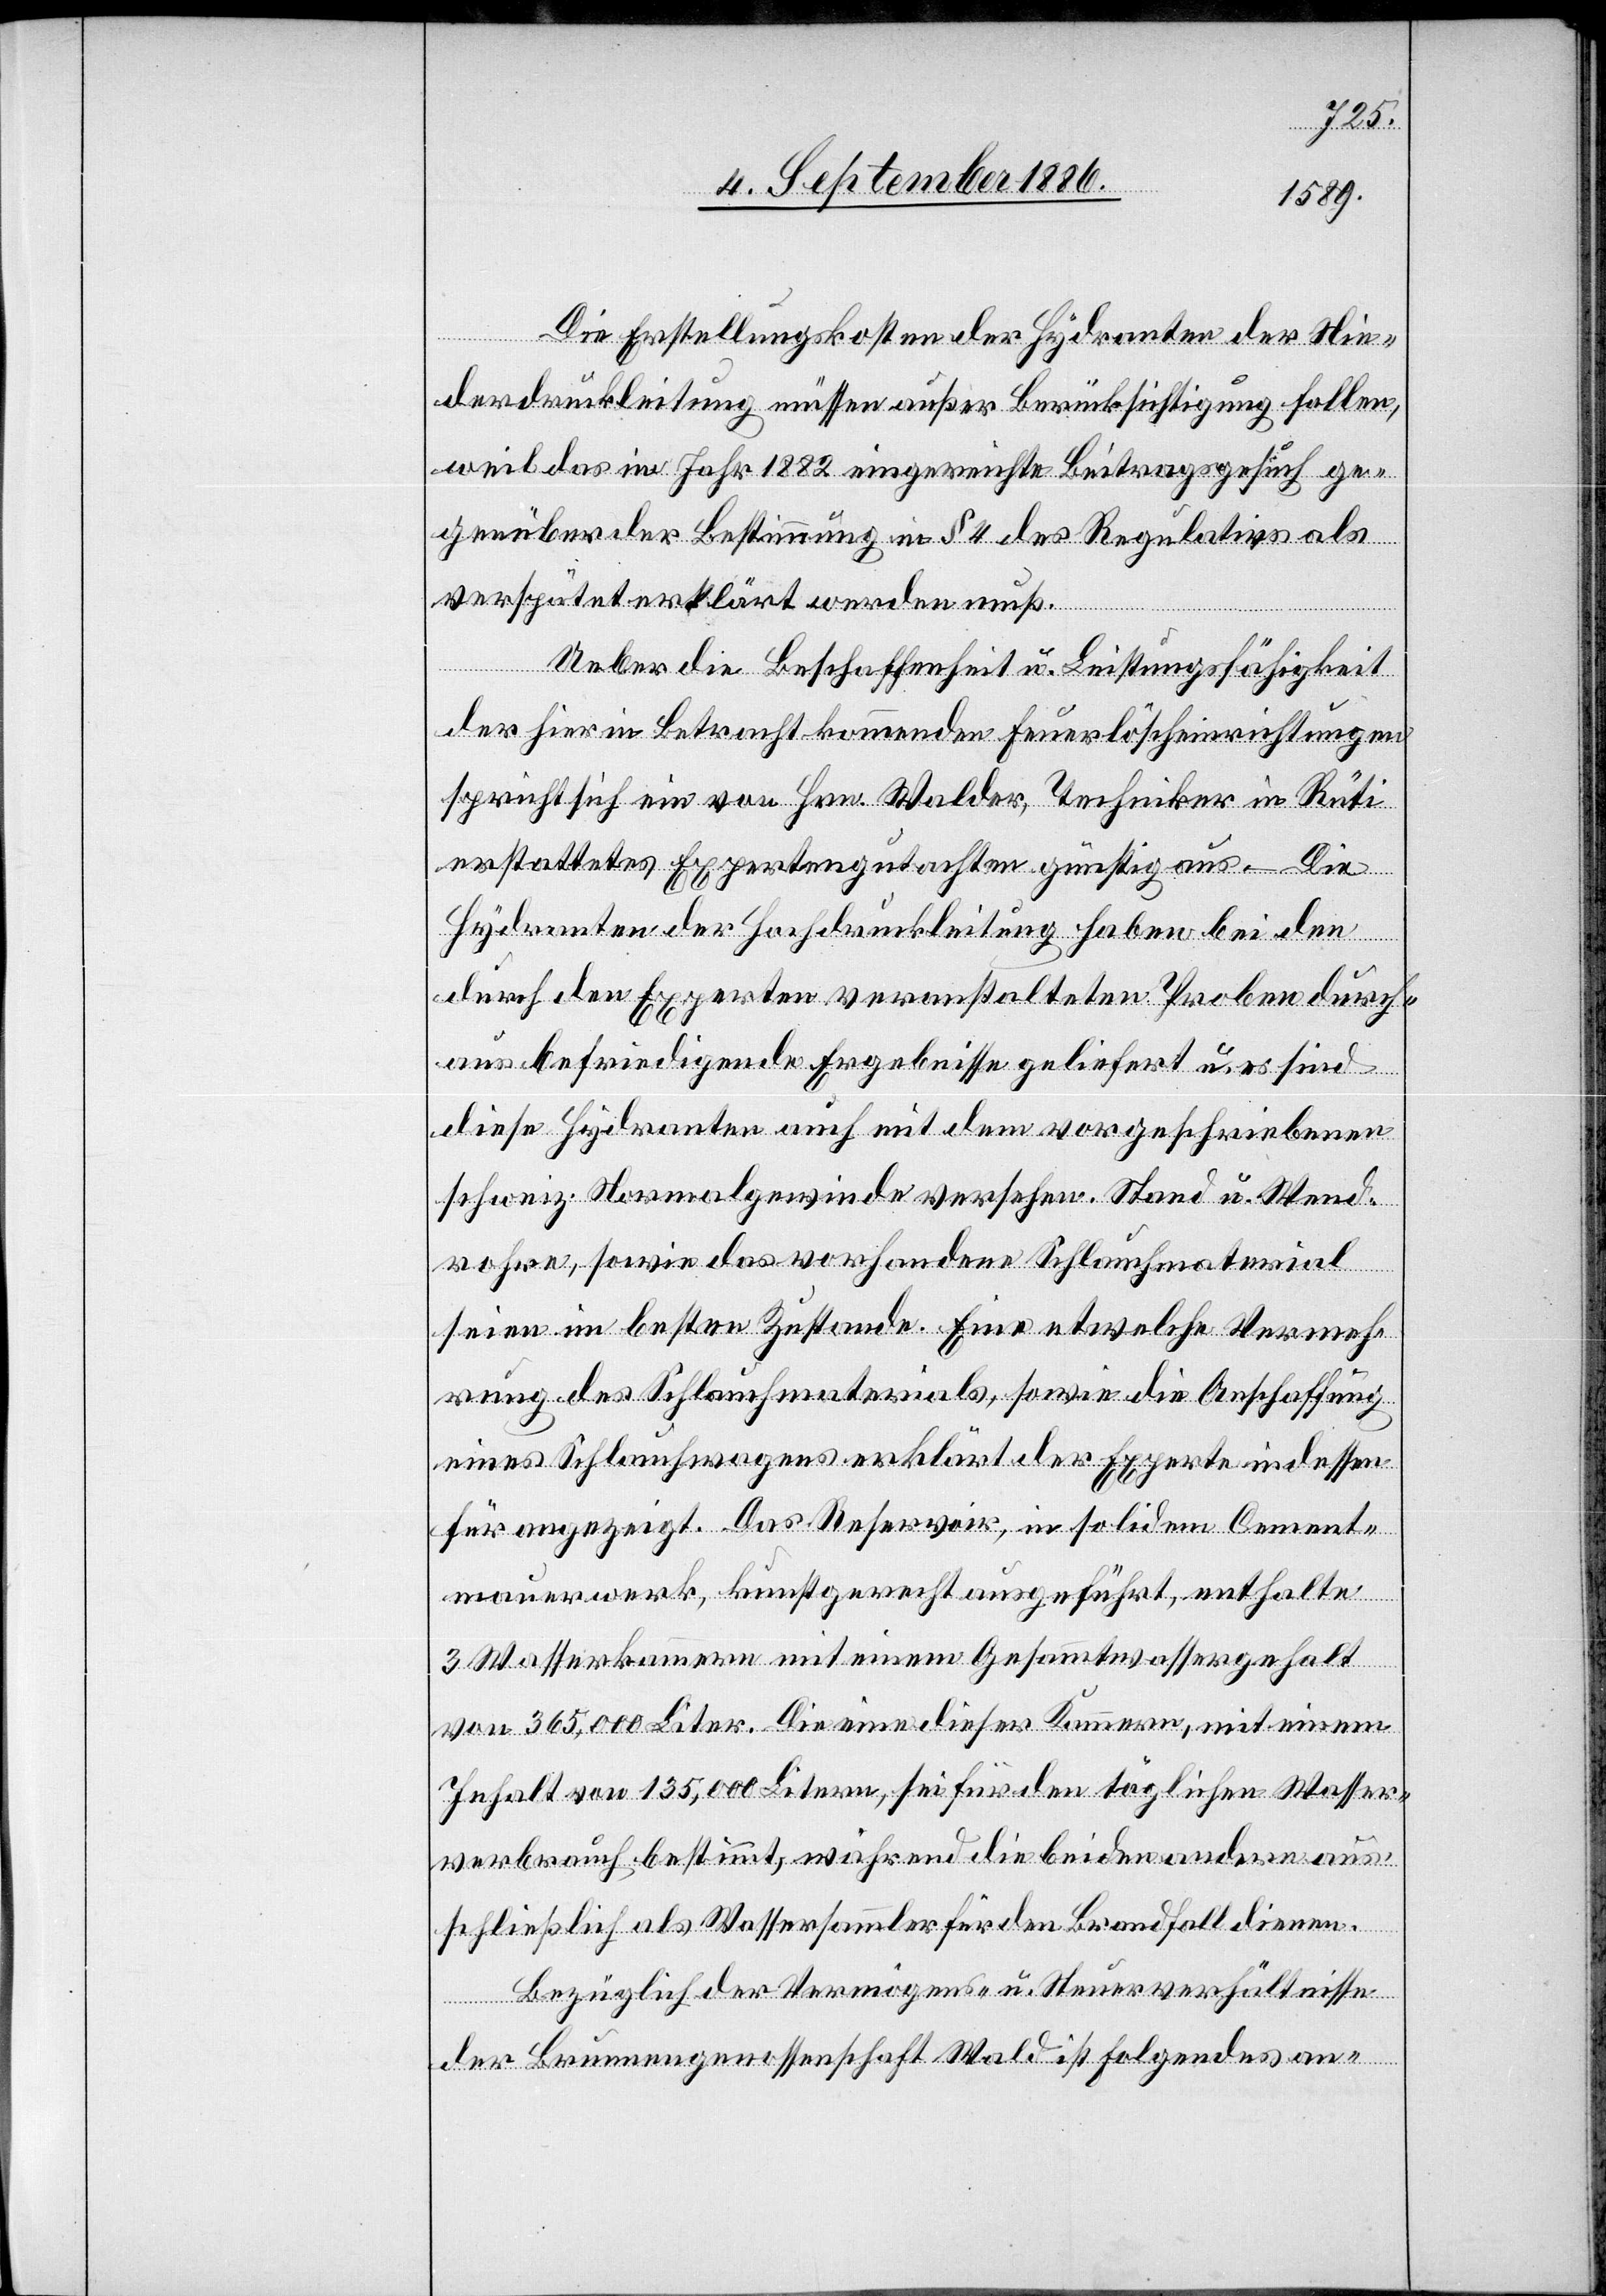
Die Erstellungskosten der Hydranten der Nie¬
derdruckleitung müssen außer Berücksichtigung fallen,
weil das im Jahr 1882 eingereichte Beitragsgesuch ge¬
genüber der Bestimmung in § 4 des Regulativs als
verspätet erklärt werden muß.
Ueber die Beschaffenheit u. Leistungsfähigkeit
der hier in Betracht kommenden Feuerlöscheinrichtungen
spricht sich ein von Hrn. Walder, Techniker in Rüti
erstattetes Expertengutachten günstig aus. – Die
Hydranten der Hochdruckleitung haben bei den
durch den Experten veranstalteten Proben durch¬
aus befriedigende Ergebnisse geliefert u. es sind
diese Hydranten auch mit dem vorgeschriebenen
schweiz. Normalgewinde versehen. Stand u. Stand¬
rohre, sowie das vorhandene Schlauchmaterial
seien im besten Zustande. Eine etwelche Vermeh¬
rung des Schlauchmaterials, sowie die Anschaffung
eines Schlauchwagens erklärt der Experte indessen
für angezeigt. Das Reservoir, in solidem Cement¬
mauerwerk, kunstgerecht ausgeführt, enthalte
3 Wasserkammern mit einem Gesammtwassergehalt
von 365,000 Liter. Die eine dieser Kammern, mit einem
Inhalt von 135,000 Litern, sei für den täglichen Wasser¬
verbrauch bestimmt, während die beiden andern aus¬
schließlich als Wassersammler für den Brandfall dienen.
Bezüglich der Vermögens- u. Steuerverhältnisse
der Brunnengenossenschaft Wald ist folgendes an-